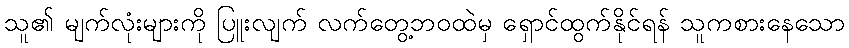
သူ၏ မျက်လုံးများကို ပြူးလျက် လက်တွေ့ဘဝထဲမှ ရှောင်ထွက်နိုင်ရန် သူကစားနေသော